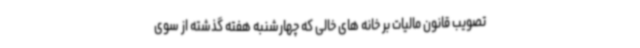
تصویب قانون مالیات بر خانه های خالی که چهارشنبه هفته گذشته از سوی